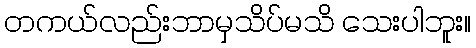
တကယ်လည်းဘာမှသိပ်မသိ သေးပါဘူး။